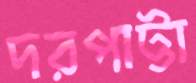
দরপাট্টা